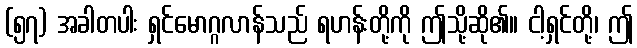
(၅၇) အခါတပါး ရှင်မောဂ္ဂလာန်သည် ရဟန်းတို့ကို ဤသို့ဆို၏။ ငါ့ရှင်တို့၊ ဤ